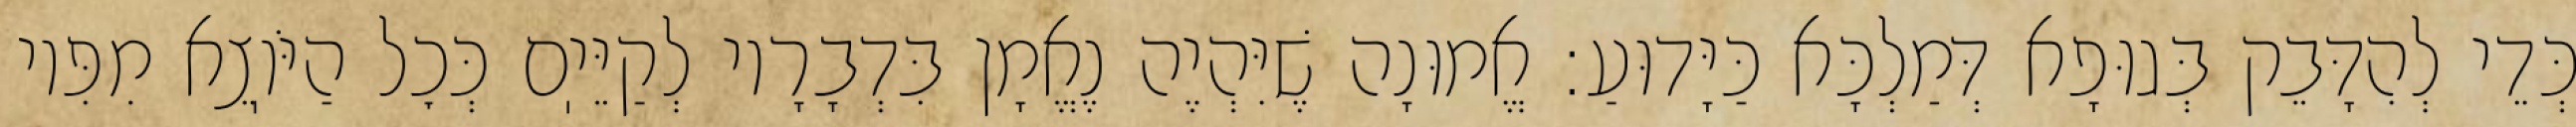
כְּדֵי לְהִדָּבֵק בְּגוּפָא דְּמַלְכָּא כַּיָּדוּעַ: אֱמוּנָה שֶׁיִּהְיֶה נֶאֱמָן בִּדְבָרָיו לְקַיֵּיֽם כְּכׇל הַיֹּוֽצֵא מִפִּיו